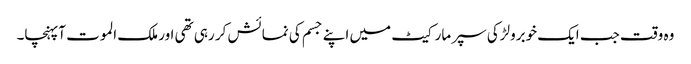
وہ وقت جب ایک خوبرولڑکی سپر مارکیٹ میں اپنے جسم کی نمائش کر رہی تھی اور ملک الموت آپہنچا۔